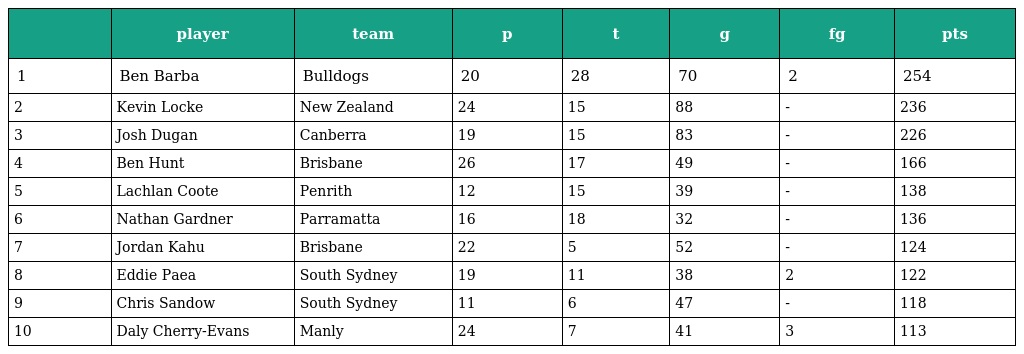
|  | player | team | p | t | g | fg | pts |
 | --- | --- | --- | --- | --- | --- | --- | --- |
 | 1 | Ben Barba | Bulldogs | 20 | 28 | 70 | 2 | 254 |
 | 2 | Kevin Locke | New Zealand | 24 | 15 | 88 | - | 236 |
 | 3 | Josh Dugan | Canberra | 19 | 15 | 83 | - | 226 |
 | 4 | Ben Hunt | Brisbane | 26 | 17 | 49 | - | 166 |
 | 5 | Lachlan Coote | Penrith | 12 | 15 | 39 | - | 138 |
 | 6 | Nathan Gardner | Parramatta | 16 | 18 | 32 | - | 136 |
 | 7 | Jordan Kahu | Brisbane | 22 | 5 | 52 | - | 124 |
 | 8 | Eddie Paea | South Sydney | 19 | 11 | 38 | 2 | 122 |
 | 9 | Chris Sandow | South Sydney | 11 | 6 | 47 | - | 118 |
 | 10 | Daly Cherry-Evans | Manly | 24 | 7 | 41 | 3 | 113 |